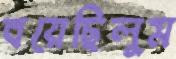
বয়েছিলুম